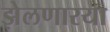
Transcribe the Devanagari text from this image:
झेलणारया